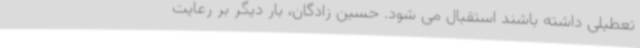
تعطیلی داشته باشند استقبال می شود. حسین زادگان، بار دیگر بر رعایت